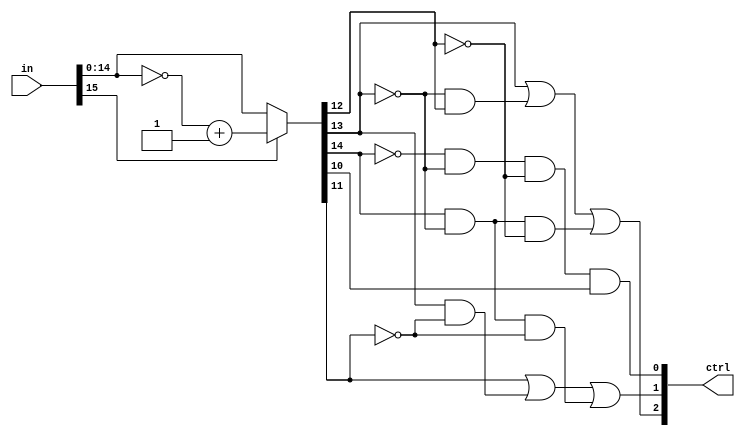


module segmentation(in, ctrl);

input [15:0] in;
output [2:0] ctrl;

wire [15:0] t;

assign t = in[15] ? (~in+1) : in ;

assign ctrl[2] = t[13] || (~t[13]&&t[12]) || (t[14]&&~t[13]&&~t[12]);
assign ctrl[1] = t[11] || (t[13]&&~t[11]) || (t[14]&&~t[13]&&~t[11]);
assign ctrl[0] = (~t[14]&&~t[13]&&~t[12]&&t[10]);

endmodule